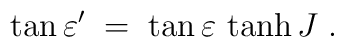
\tan\varepsilon' \;= \; \tan\varepsilon\,\tanh J\;.